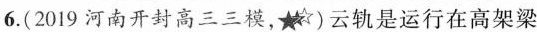
6.(2019 河南开封高三三模，)云轨是运行在高架梁